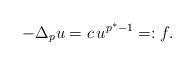
LaTeX: \begin{align*}-\Delta_p u= c\, u^{p^*-1}=:f.\end{align*}